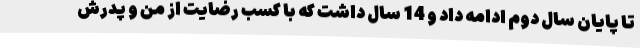
تا پایان سال دوم ادامه داد و 14 سال داشت که با کسب رضایت از من و پدرش